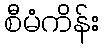
စီမံကိန်း